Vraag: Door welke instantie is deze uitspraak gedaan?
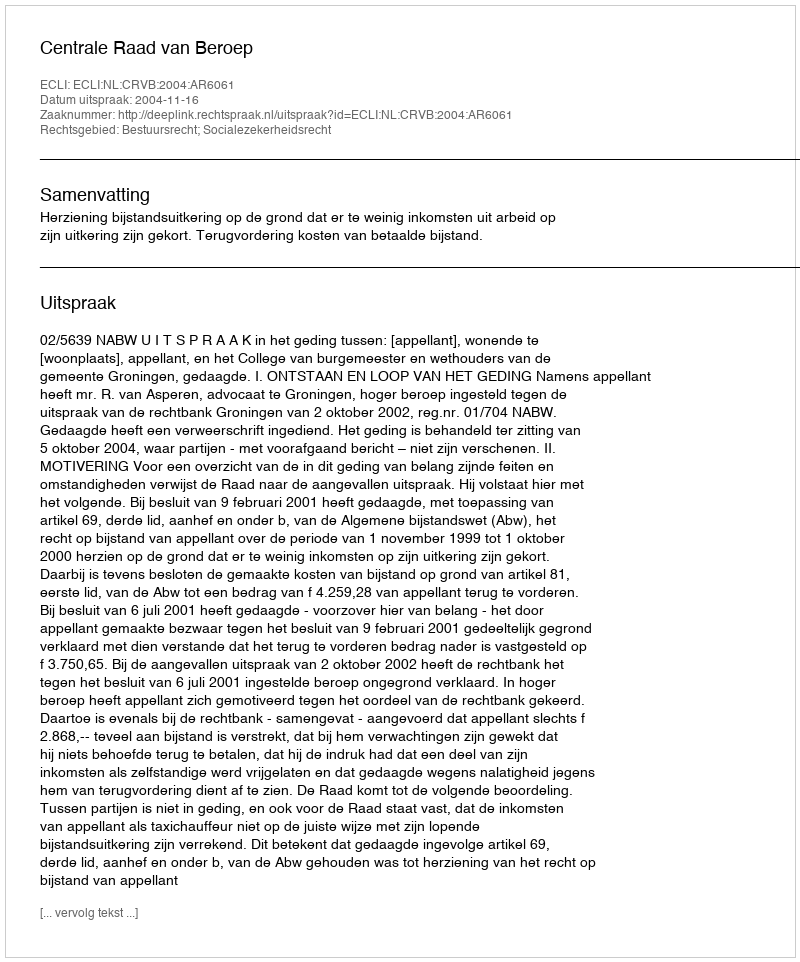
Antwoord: Centrale Raad van Beroep